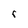
Character: r